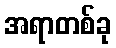
အရာတစ်ခု